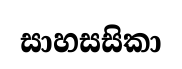
සාහසසිකා